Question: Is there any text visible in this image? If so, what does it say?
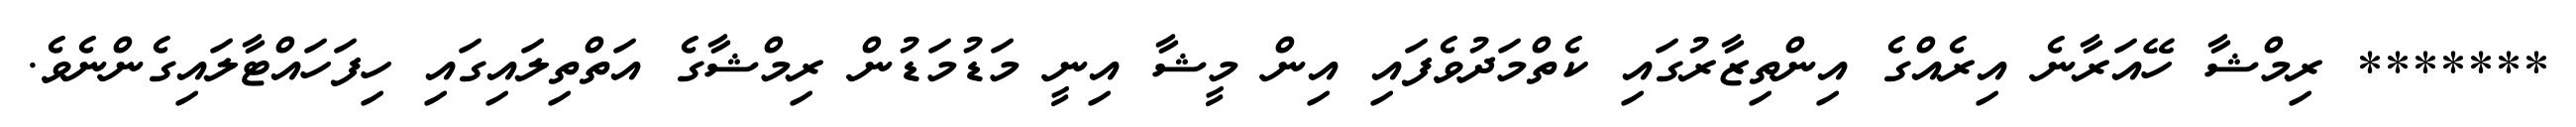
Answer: ******* ރިމްޝާ ހޭއަރާނެ އިރެއްގެ އިންތިޒާރުގައި ކެތްމަދުވެފައި އިން މީޝާ އިނީ މަޑުމަޑުން ރިމްޝާގެ އަތްތިލައިގައި ހިފަހައްޓާލައިގެންނެވެ.